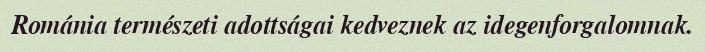
Románia természeti adottságai kedveznek az idegenforgalomnak.